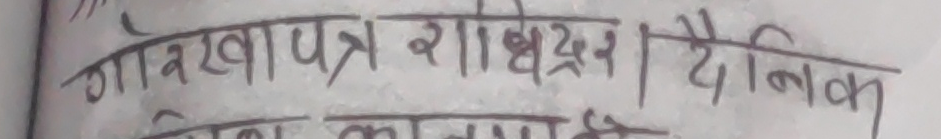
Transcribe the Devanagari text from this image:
गोरखापत्र राष्ट्रदुत | दैनिक